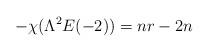
LaTeX: \begin{align*}-\chi(\Lambda^{2}E(-2))=nr-2n\end{align*}